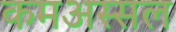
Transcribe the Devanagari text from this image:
कमअस्सल